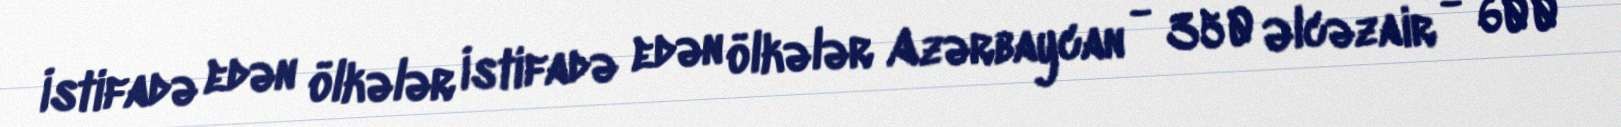
İstifadə edən ölkələr İstifadə edən ölkələr Azərbaycan - 350 Əlcəzair - 600